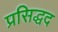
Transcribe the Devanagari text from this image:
प्रसिद्धद